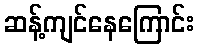
ဆန့်ကျင်နေကြောင်း